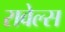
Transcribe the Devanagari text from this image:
रावेल्स